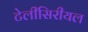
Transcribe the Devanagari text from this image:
टेलीसिरीयल